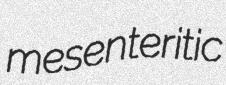
mesenteritic